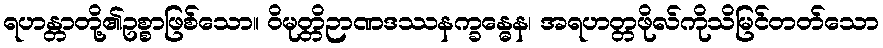
ရဟန္တာတို့၏ဥစ္စာဖြစ်သော။ ဝိမုတ္တိဉာဏဒဿနက္ခန္ဓေန၊ အရဟတ္တဖိုလ်ကိုသိမြင်တတ်သော